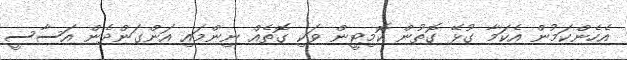
އެހެންކަމުން އެކަމާ ގުޅޭ ގޮތުން ކޮމިޓީން ވަކި ގޮތެއް ނިންމައި އަންގަންދެން އަސާސީ